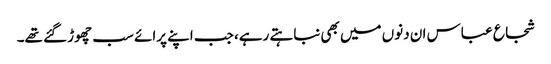
شجاع عباس ان دنوں میں بھی نباہتے رہے، جب اپنے پرائے سب چھوڑ گئے تھے۔